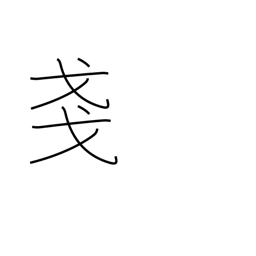
Meaning: slight